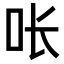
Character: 𭇉